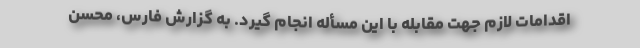
اقدامات لازم جهت مقابله با این مسأله انجام گیرد. به گزارش فارس، محسن